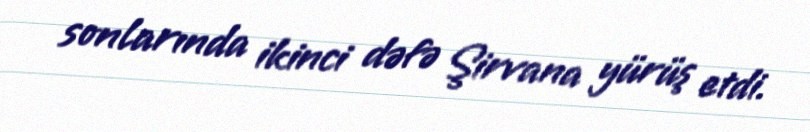
sonlarında ikinci dəfə Şirvana yürüş etdi.